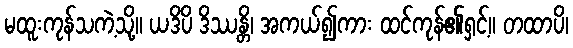
မထူးကုန်သကဲ့သို့။ ယဒိပိ ဒိဿန္တိ၊ အကယ်၍ကား ထင်ကုန်၏ရှင့်။ တထာပိ၊